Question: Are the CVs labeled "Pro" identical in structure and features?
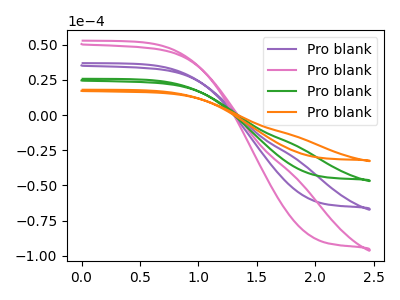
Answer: <think>The purple curve "Pro blank1" has no peaks. The pink curve "Pro blank2" has no peaks. The green curve "Pro blank3" has no peaks. The orange curve "Pro blank4" has no peaks.
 Neither "Pro blank1" or "Pro blank2" have any peaks. Neither "Pro blank1" or "Pro blank3" have any peaks. Neither "Pro blank1" or "Pro blank4" have any peaks. Neither "Pro blank2" or "Pro blank3" have any peaks. Neither "Pro blank2" or "Pro blank4" have any peaks. Neither "Pro blank3" or "Pro blank4" have any peaks.</think>
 <answer>All the CV's of "Pro" have similar shape.</answer>
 <eval>follow_rule</eval>